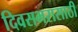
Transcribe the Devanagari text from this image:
दिवसभरासाठी